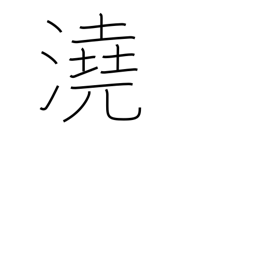
Meaning: shallow